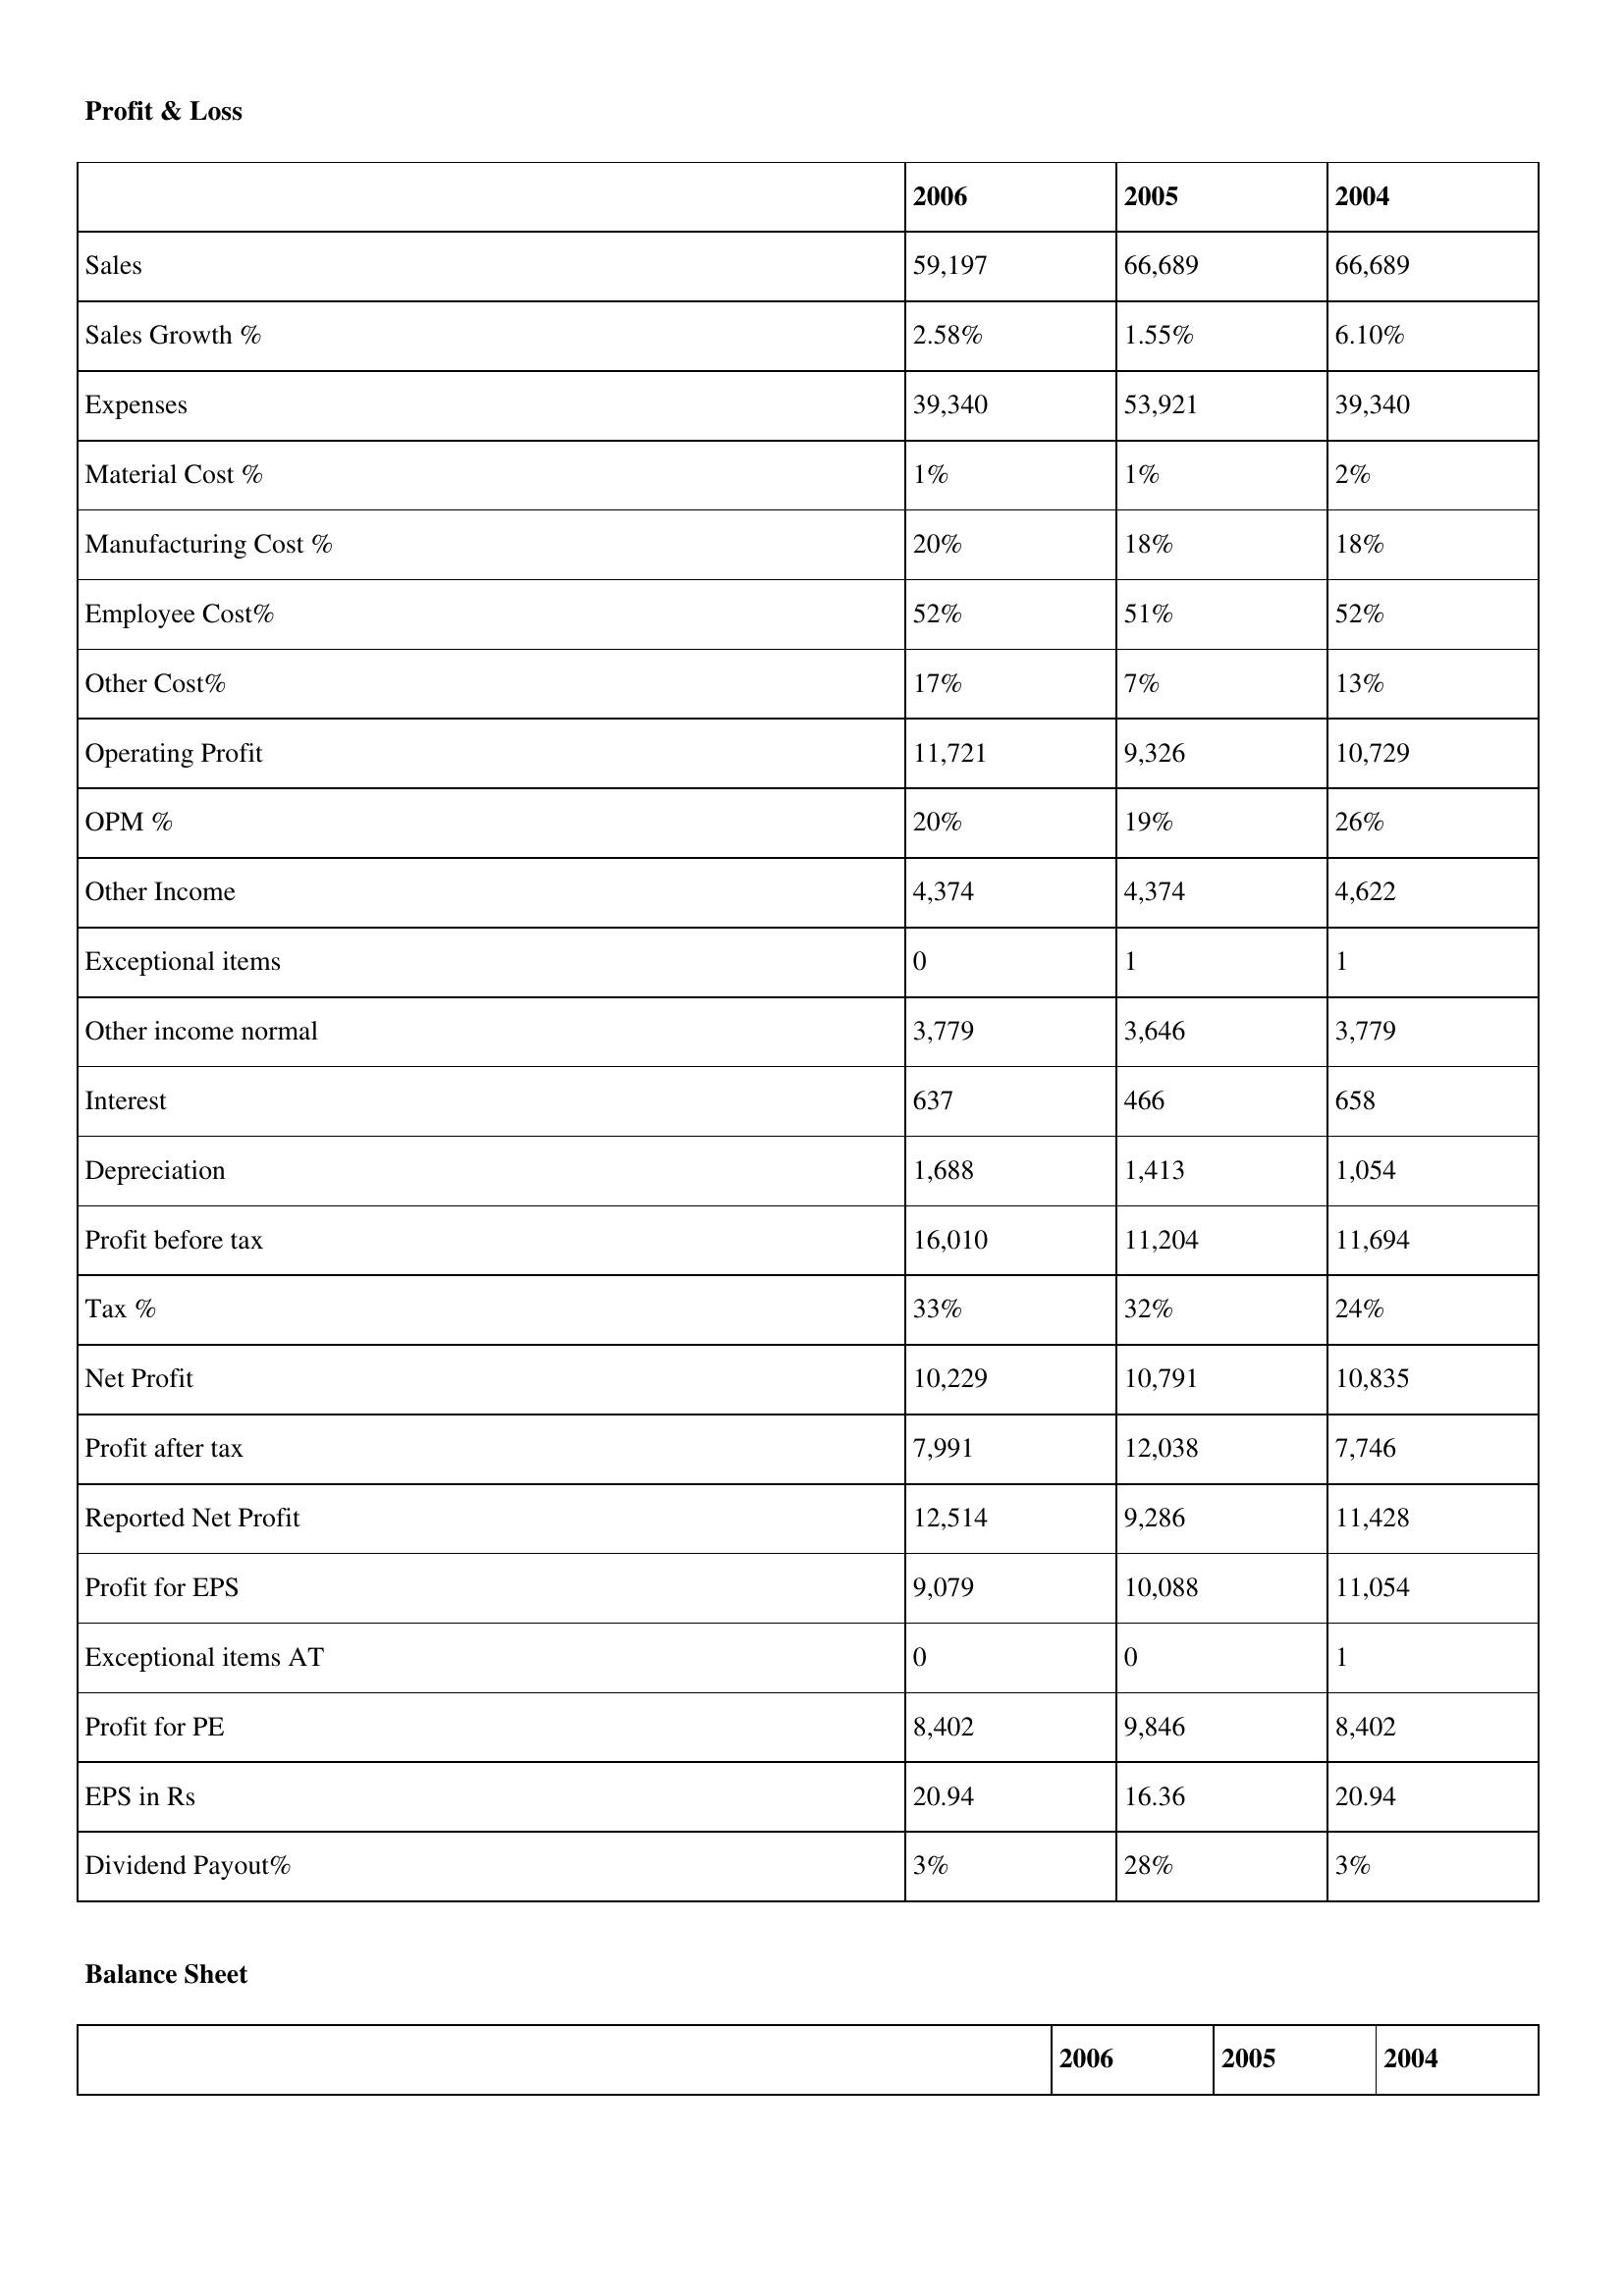
gt_parse: 2006: Profit & Loss: Sales: 59,197
Sales Growth %: 2.58%
Expenses: 39,340
Material Cost %: 1%
Manufacturing Cost %: 20%
Employee Cost%: 52%
Other Cost%: 17%
Operating Profit: 11,721
OPM %: 20%
Other Income: 4,374
Exceptional items: 0
Other income normal: 3,779
Interest: 637
Depreciation: 1,688
Profit before tax: 16,010
Tax %: 33%
Net Profit: 10,229
Profit after tax: 7,991
Reported Net Profit: 12,514
Profit for EPS: 9,079
Exceptional items AT: 0
Profit for PE: 8,402
EPS in Rs: 20.94
Dividend Payout%: 3%
2005: Profit & Loss: Sales: 66,689
Sales Growth %: 1.55%
Expenses: 53,921
Material Cost %: 1%
Manufacturing Cost %: 18%
Employee Cost%: 51%
Other Cost%: 7%
Operating Profit: 9,326
OPM %: 19%
Other Income: 4,374
Exceptional items: 1
Other income normal: 3,646
Interest: 466
Depreciation: 1,413
Profit before tax: 11,204
Tax %: 32%
Net Profit: 10,791
Profit after tax: 12,038
Reported Net Profit: 9,286
Profit for EPS: 10,088
Exceptional items AT: 0
Profit for PE: 9,846
EPS in Rs: 16.36
Dividend Payout%: 28%
2004: Profit & Loss: Sales: 66,689
Sales Growth %: 6.10%
Expenses: 39,340
Material Cost %: 2%
Manufacturing Cost %: 18%
Employee Cost%: 52%
Other Cost%: 13%
Operating Profit: 10,729
OPM %: 26%
Other Income: 4,622
Exceptional items: 1
Other income normal: 3,779
Interest: 658
Depreciation: 1,054
Profit before tax: 11,694
Tax %: 24%
Net Profit: 10,835
Profit after tax: 7,746
Reported Net Profit: 11,428
Profit for EPS: 11,054
Exceptional items AT: 1
Profit for PE: 8,402
EPS in Rs: 20.94
Dividend Payout%: 3%